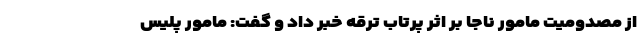
از مصدومیت مامور ناجا بر اثر پرتاب ترقه خبر داد و گفت: مامور پلیس